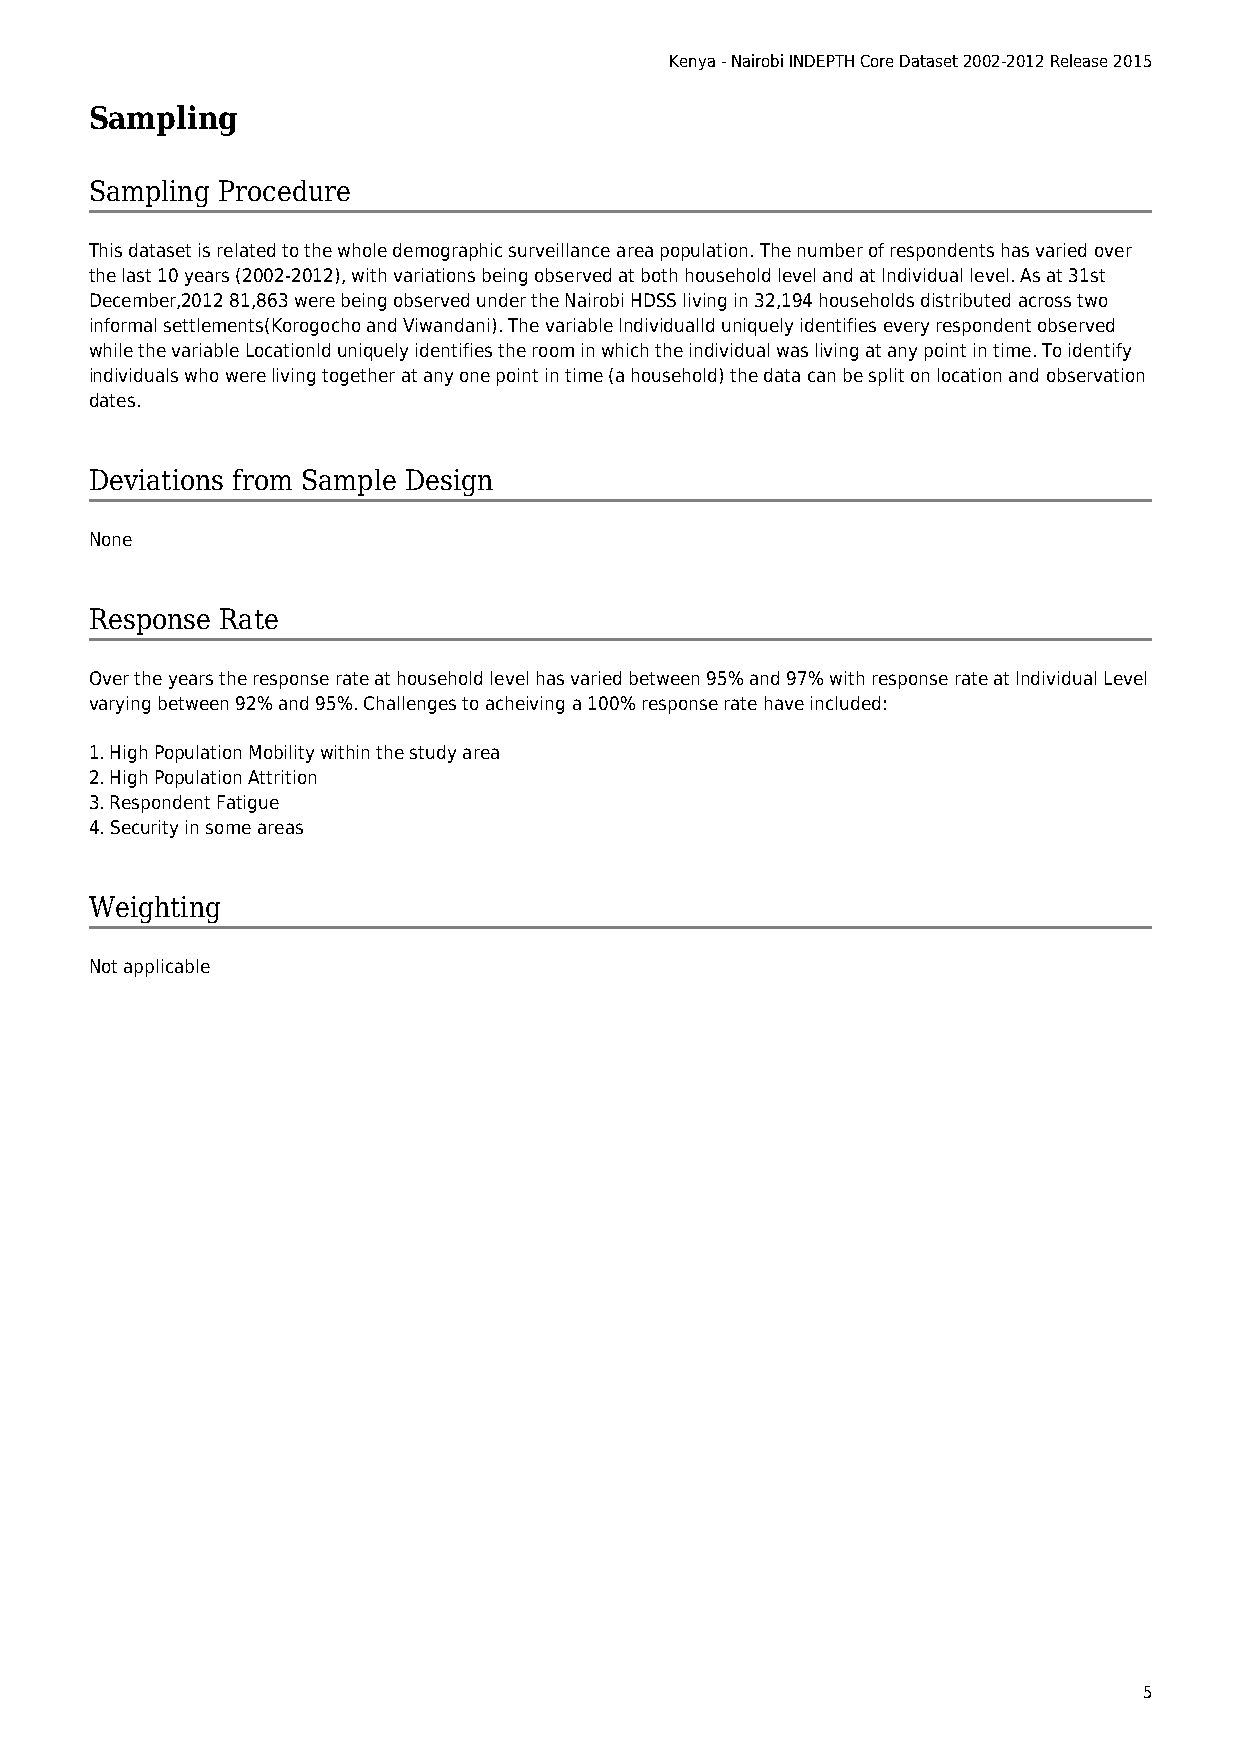
Kenya - Nairobi INDEPTH Core Dataset 2002-2012 Release 2015
 Sampling
 Sampling Procedure
 This dataset is related to the whole demographic surveillance area population. The number of respondents has varied over
 the last 10 years (2002-2012), with variations being observed at both household level and at Individual level. As at 31st
 December,2012 81,863 were being observed under the Nairobi HDSS living in 32,194 households distributed across two
 informal settlements(Korogocho and Viwandani). The variable IndividualId uniquely identifies every respondent observed
 while the variable LocationId uniquely identifies the room in which the individual was living at any point in time. To identify
 individuals who were living together at any one point in time (a household) the data can be split on location and observation
 dates.
 Deviations from Sample Design
 None
 Response Rate
 Over the years the response rate at household level has varied between 95% and 97% with response rate at Individual Level
 varying between 92% and 95%. Challenges to acheiving a 100% response rate have included:
 1. High Population Mobility within the study area
 2. High Population Attrition
 3. Respondent Fatigue
 4. Security in some areas
 Weighting
 Not applicable
 5